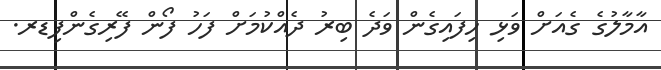
އާމާލުގެ ގެއަށް ވަޅި ހިފައިގެން ވަދެ ބިރު ދެއްކުމަށް ފަހު ފޯން ފޭރިގެންފިޑރ.